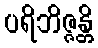
ပရိဘိဇ္ဇန္တိ